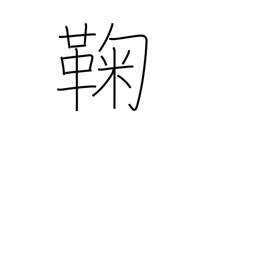
Meaning: ball